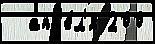
  апр'е́л'я 200